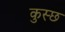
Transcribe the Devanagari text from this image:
कुस्छ